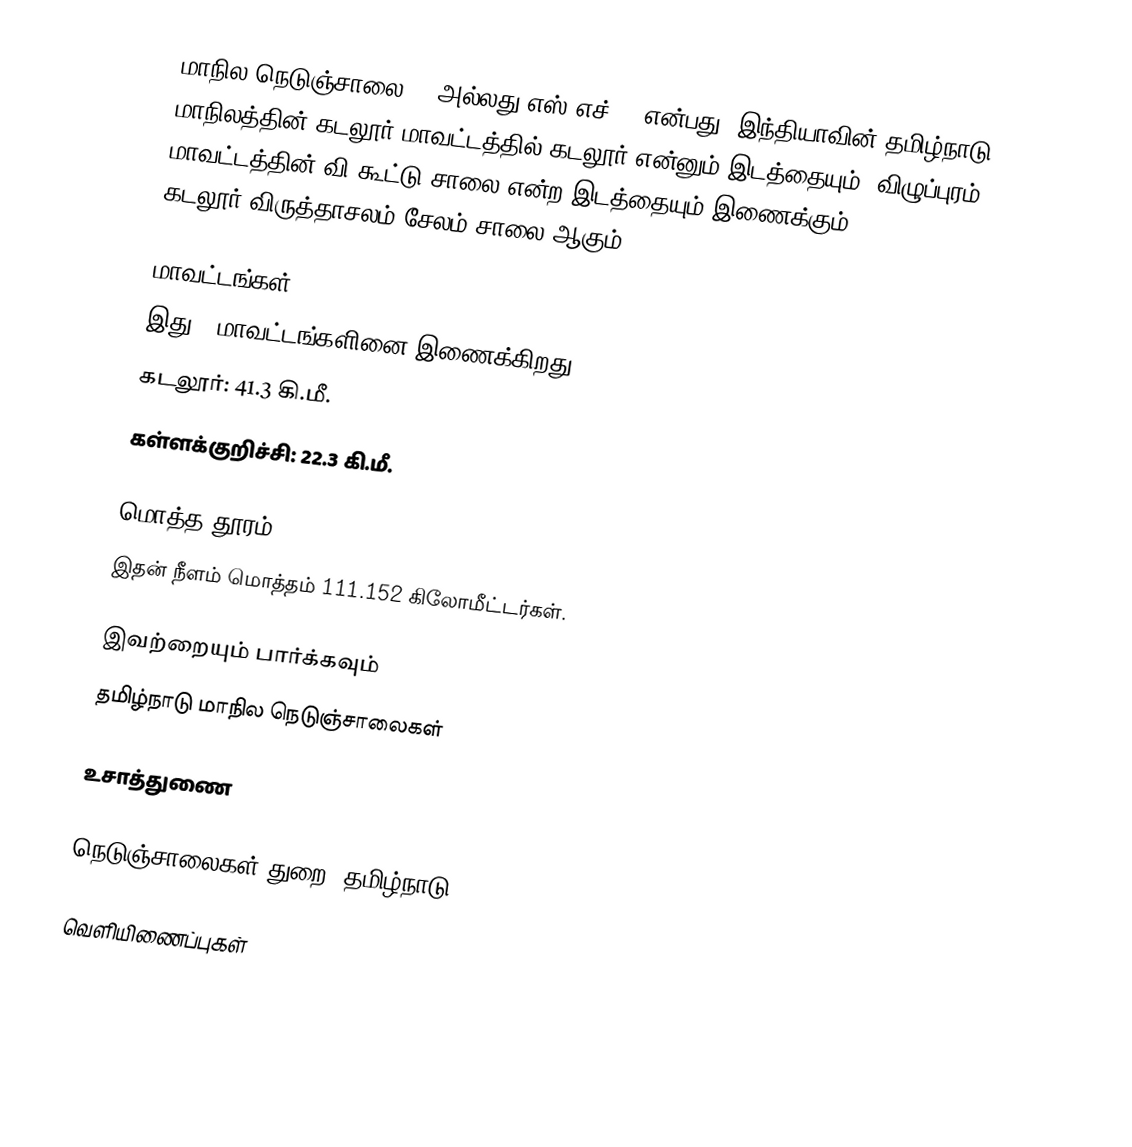
மாநில நெடுஞ்சாலை 10 அல்லது எஸ்.எச்-10 என்பது, இந்தியாவின் தமிழ்நாடு மாநிலத்தின் கடலூர் மாவட்டத்தில் கடலூர் என்னும் இடத்தையும், விழுப்புரம் மாவட்டத்தின் வி.கூட்டு சாலை என்ற இடத்தையும் இணைக்கும் கடலூர்-விருத்தாசலம்-சேலம் சாலை ஆகும்.

மாவட்டங்கள்
இது 2 மாவட்டங்களினை இணைக்கிறது:
 கடலூர்: 41.3 கி.மீ.
 கள்ளக்குறிச்சி: 22.3 கி.மீ.

மொத்த தூரம்
இதன் நீளம் மொத்தம் 111.152 கிலோமீட்டர்கள்.

இவற்றையும் பார்க்கவும்
 தமிழ்நாடு மாநில நெடுஞ்சாலைகள்

உசாத்துணை

 நெடுஞ்சாலைகள் துறை, தமிழ்நாடு

வெளியிணைப்புகள்